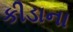
કીડાના